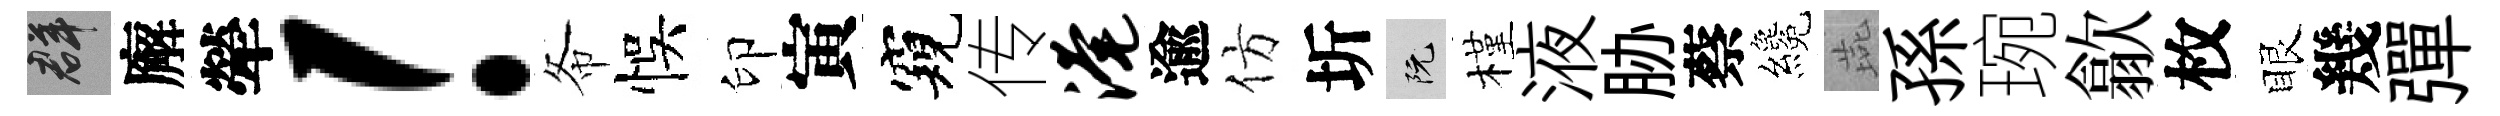
群廨犖！𢁙悞印寅窺传淹逾仿圻阮槿液胁蔡纔燕孫琬歙枚眼幾彈